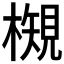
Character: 𭬉